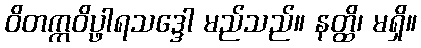
ဝိတက္ကဝိပ္ဖာရသဒ္ဒေါ မည်သည်။ နတ္ထိ၊ မရှိ။